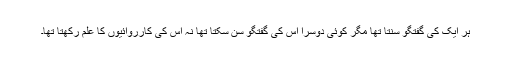
ہر ایک کی گفتگو سنتا تھا مگر کوئی دوسرا اس کی گفتگو سن سکتا تھا نہ اس کی کارروائیوں کا علم رکھتا تھا۔